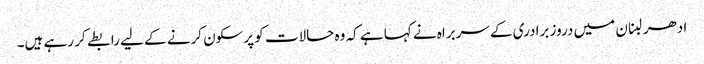
ادھر لبنان میں دروز برادری کے سربراہ نے کہا ہے کہ وہ حالات کو پرسکون کرنے کے لیے رابطے کر رہے ہیں۔